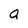
Character: a